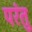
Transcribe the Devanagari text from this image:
परंतु